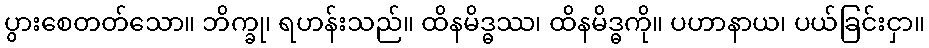
ပွားစေတတ်သော။ ဘိက္ခု၊ ရဟန်းသည်။ ထိနမိဒ္ဓဿ၊ ထိနမိဒ္ဓကို။ ပဟာနာယ၊ ပယ်ခြင်းငှာ။